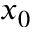
x _ { 0 }